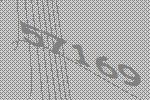
57169